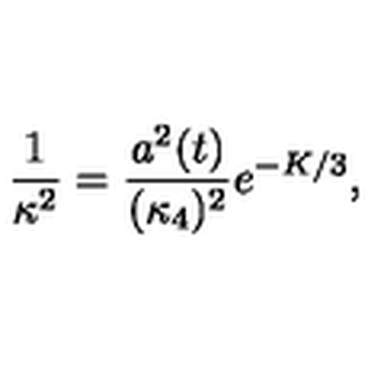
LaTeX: \frac { 1 } { \kappa ^ { 2 } } = \frac { a ^ { 2 } ( t ) } { ( \kappa _ { 4 } ) ^ { 2 } } e ^ { - K / 3 } ,